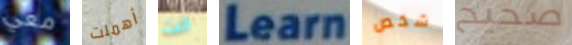
معي أهملت انت Learn شخص صحيح